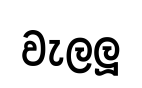
වැලලූ